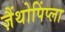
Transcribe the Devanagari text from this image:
ज़ैंथोपिंप्ला